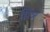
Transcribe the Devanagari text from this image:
मित्र्र